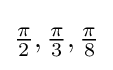
{\tfrac {\pi }{2}},{\tfrac {\pi }{3}},{\tfrac {\pi }{8}}